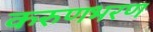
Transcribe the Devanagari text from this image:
करुणभरण